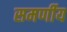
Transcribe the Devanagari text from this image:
समर्णीय